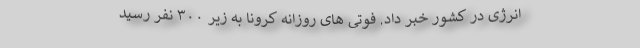
انرژی در کشور خبر داد. فوتی های روزانه کرونا به زیر ۳۰۰ نفر رسید